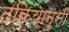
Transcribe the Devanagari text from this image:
दकियानुसी